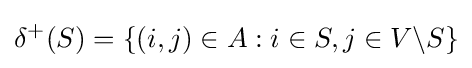
\delta ^{+}(S)=\{(i,j)\in A:i\in S,j\in V\backslash S\}